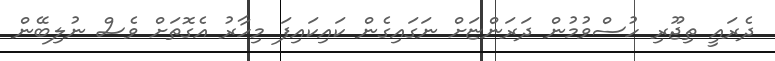
ދެރައީ ތިޖޫރި ހުސްވުމުން ދަރަންޏަށް ނަގައިގެން ކައިކައިފަ މިހާރު އެގޮތަށް ވެސް ނުލިބޭން